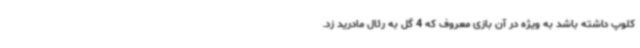
کلوپ داشته باشد به ویژه در آن بازی معروف که 4 گل به رئال مادرید زد.